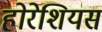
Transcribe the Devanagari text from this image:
होरेशियस